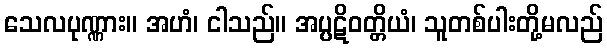
သေလပုဏ္ဏား။ အဟံ၊ ငါသည်။ အပ္ပဋိဝတ္တိယံ၊ သူတစ်ပါးတို့မလည်